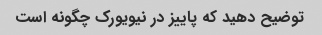
توضیح دهید که پاییز در نیویورک چگونه است